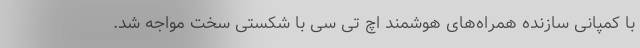
با کمپانی سازنده همراه‌های هوشمند اچ تی سی با شکستی سخت مواجه شد.